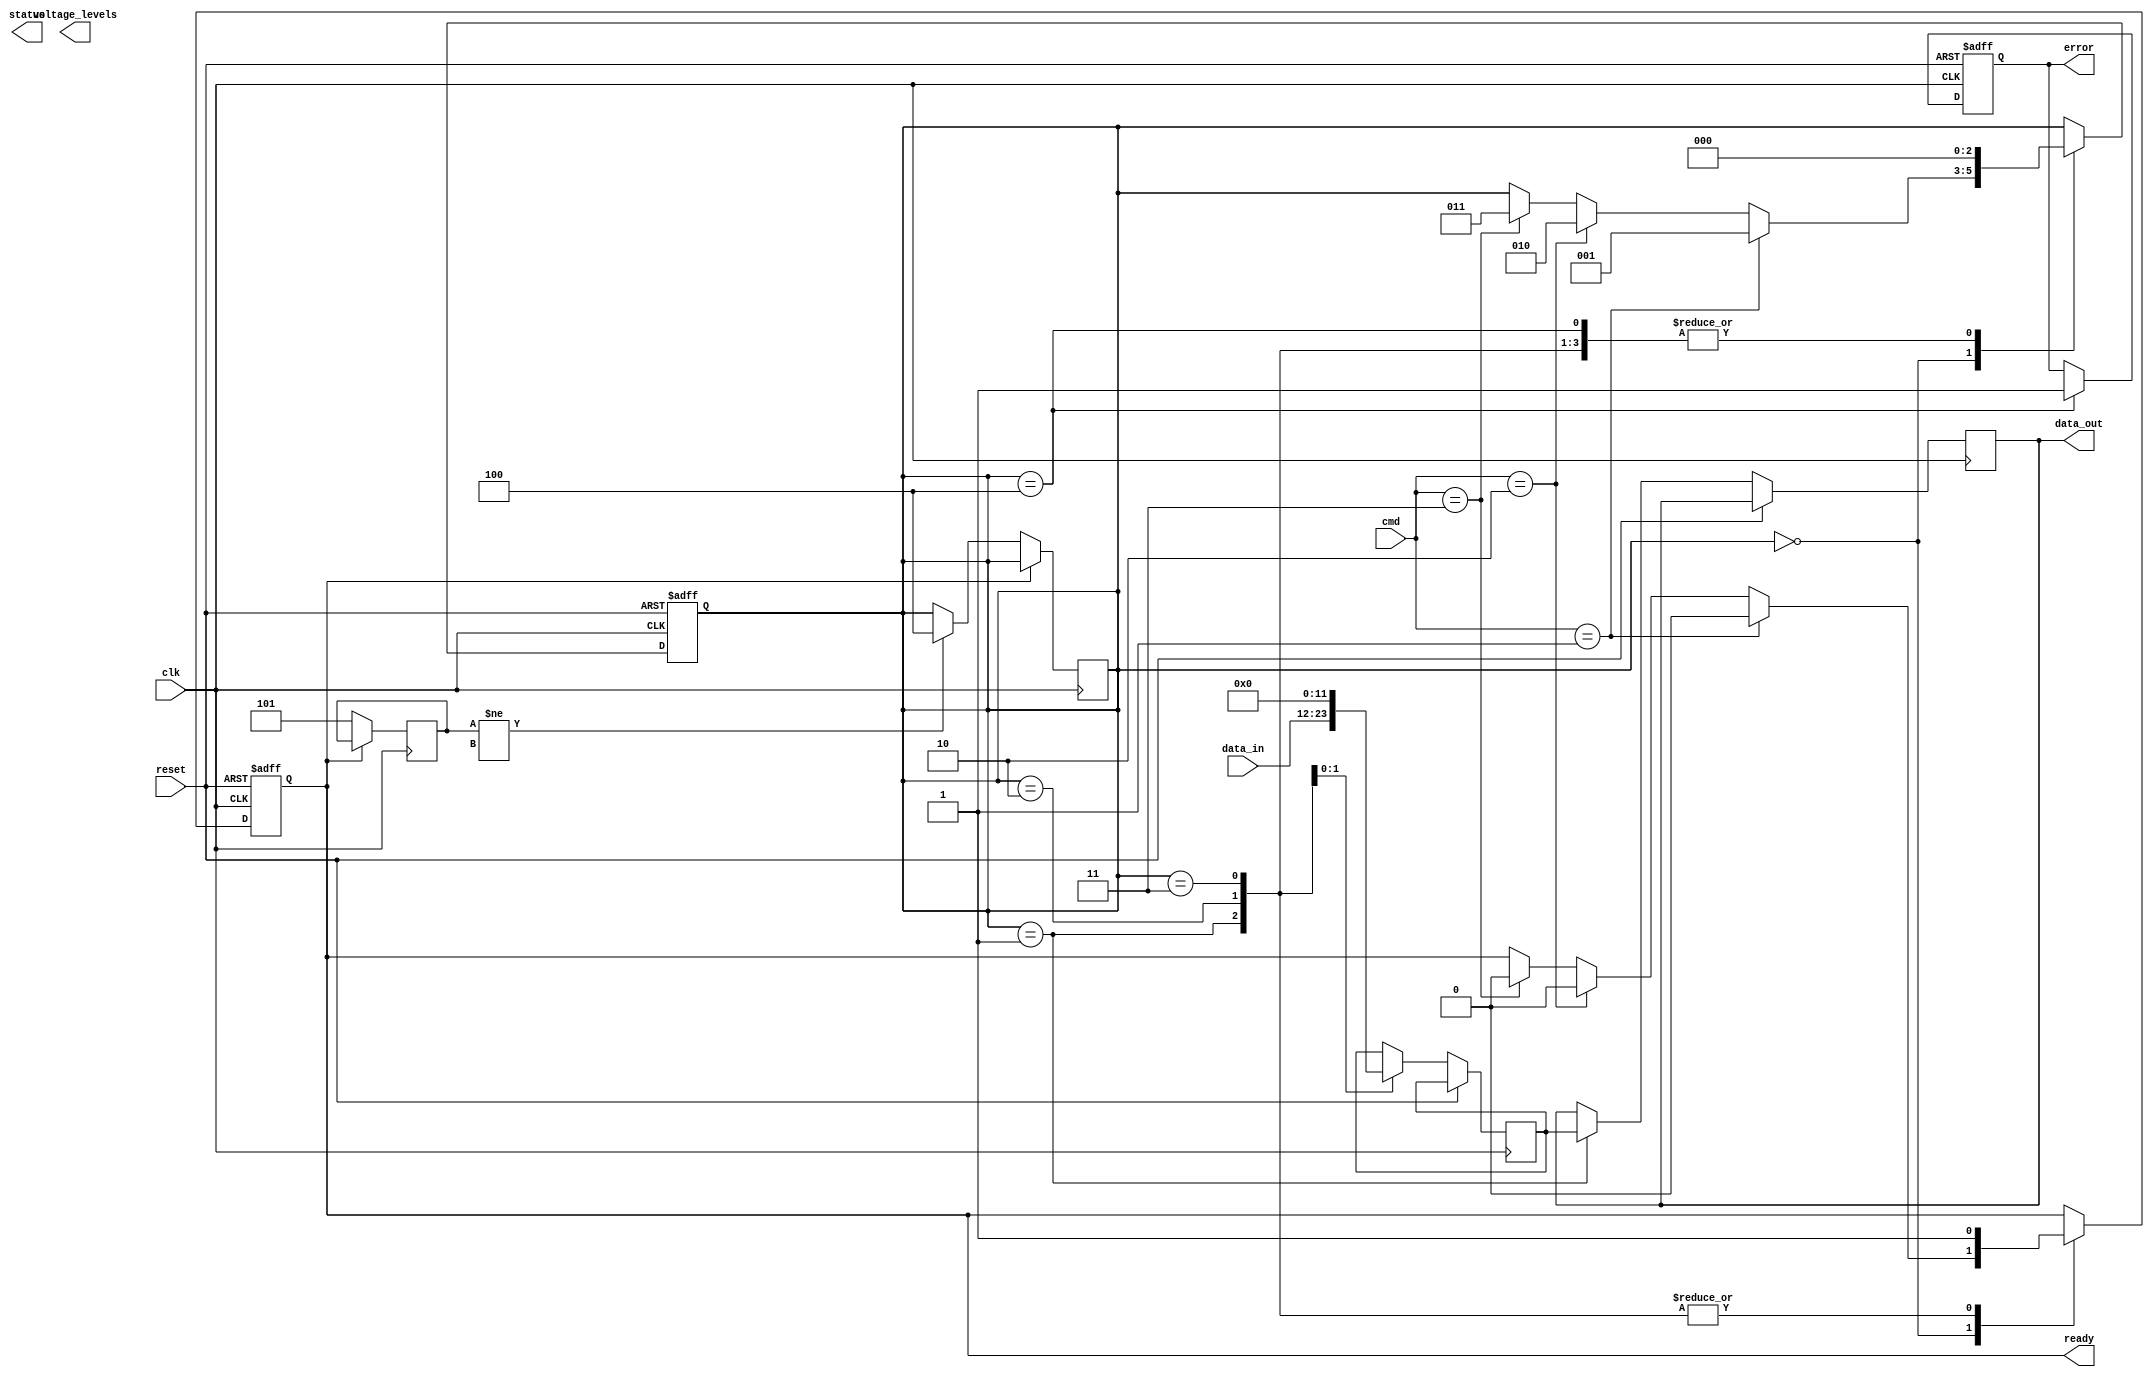
module TLC_NAND_IO_Block (
    input wire clk,
    input wire reset,
    input wire [2:0] cmd,               // Command signals: Read, Program, Erase
    input wire [11:0] data_in,          // Data input for programming
    output reg [11:0] data_out,         // Data output for reading
    output reg ready,                    // Ready signal for completion
    output reg [3:0] voltage_levels,     // Output voltage levels for three bits
    output reg error,                    // Error signal for ECC
    output reg [2:0] status              // Status of the operation
);

    // Internal signals
    reg [11:0] buffer;                  // Data buffer
    reg [2:0] state;                    // State Machine for operations
    reg [3:0] voltage_sense;            // Voltage sensing logic
    reg [2:0] ecc;                      // Error correction code
    reg [3:0] timer;                    // Timing control

    // State encoding
    parameter IDLE = 3'b000;
    parameter READ = 3'b001;
    parameter PROGRAM = 3'b010;
    parameter ERASE = 3'b011;
    parameter ERROR = 3'b100;

    // State Machine for command execution
    always @(posedge clk or posedge reset) begin
        if (reset) begin
            state <= IDLE;
            ready <= 1;
            error <= 0;
            timer <= 0;
        end else begin
            case (state)
                IDLE: begin
                    if (cmd == 3'b001) begin
                        // Start Read Operation
                        state <= READ;
                        ready <= 0;
                    end else if (cmd == 3'b010) begin
                        // Start Program Operation
                        state <= PROGRAM;
                        ready <= 0;
                    end else if (cmd == 3'b011) begin
                        // Start Erase Operation
                        state <= ERASE;
                        ready <= 0;
                    end
                end
                READ: begin
                    // Simulate Read Operation
                    // Voltage sensing logic (mock-up)
                    voltage_sense <= voltage_levels; // Assume voltage_levels is set accordingly
                    data_out <= buffer;               // Output buffered data
                    state <= IDLE;                    // Go back to IDLE
                    ready <= 1;
                end
                PROGRAM: begin
                    // Simulate Program Operation
                    buffer <= data_in;                // Store incoming data
                    // Here, programming logic would involve voltage level application
                    state <= IDLE;                    // Go back to IDLE
                    ready <= 1;
                end
                ERASE: begin
                    // Simulate Erase Operation
                    buffer <= 12'b0;                  // Reset buffer to zero
                    // Here, erase logic would involve higher voltage application
                    state <= IDLE;                    // Go back to IDLE
                    ready <= 1;
                end
                ERROR: begin
                    // Handle error state
                    error <= 1;                      // Set error flag
                    state <= IDLE;                   // Go back to IDLE
                end
            endcase
        end
    end

    // Error Correction Logic (Simple Mock-up)
    always @(posedge clk) begin
        if (!ready) begin
            // Perform ECC check
            // Mock-up: Assume we can detect an error
            ecc <= 3'b101; // Example ECC code
            // Error detection logic would be added here
            if (ecc != expected_ecc) begin
                state <= ERROR; // Go to error state if ECC fails
            end
        end
    end

    // Timing Control Logic
    always @(posedge clk) begin
        if (timer > 0) begin
            timer <= timer - 1; // Decrease timer
        end else begin
            // Logic to handle timing for read/program/erase
            // Set appropriate timing for each operation
        end
    end

endmodule